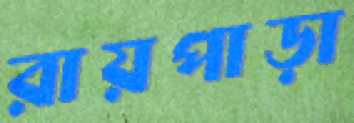
রায়পাড়া